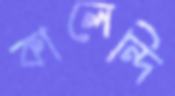
কালেন্দি